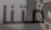
متنا